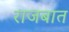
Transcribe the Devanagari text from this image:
राजबात